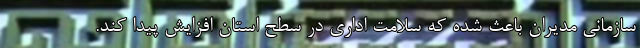
سازمانی مدیران باعث شده که سلامت اداری در سطح استان افزایش پیدا کند.